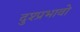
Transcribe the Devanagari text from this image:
दुश्प्रभावो